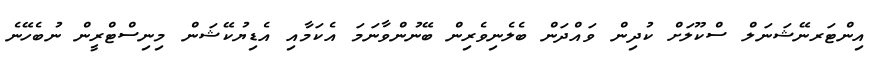
އިންޓަރނޭޝަނަލް ސްކޫލަށް ކުދިން ވައްދަން ބެލެނިވެރިން ބޭނުންވާނަމަ އެކަމާއި އެޑިޔުކޭޝަން މިނިސްޓްރީން ނުބެހޭނެ